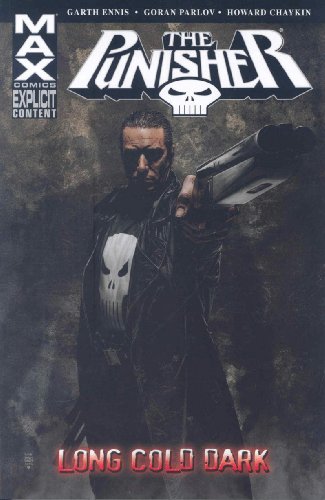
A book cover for Punisher MAX, Vol. 9: Long Cold Dark (v. 9); Garth Ennis; Comics & Graphic Novels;